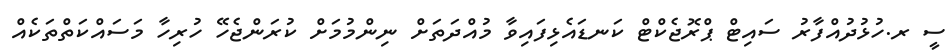
ސީ ރ.ހުޅުދުއްފާރު ސައިޓް ޕްރޮޖެކްޓް ކަނޑައެޅިފައިވާ މުއްދަތަށް ނިންމުމަށް ކުރަންޖެހޭ ހުރިހާ މަސައްކަތްތަކެއް